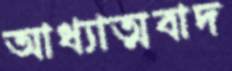
আধ্যাত্মবাদ